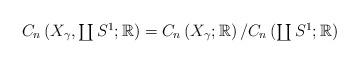
LaTeX: \begin{align*} \textstyle C_n\left(X_\gamma,\coprod S^1;\mathbb{R}\right)=C_n\left(X_\gamma;\mathbb{R}\right)/C_n\left(\coprod S^1;\mathbb{R}\right) \end{align*}